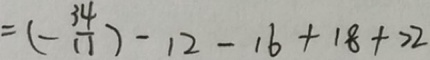
= ( - \frac { 3 4 } { 1 1 } ) - 1 2 - 1 6 + 1 8 + 2 2